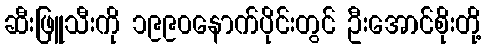
ဆီးဖြူသီးကို ၁၉၉၀နောက်ပိုင်းတွင် ဦးအောင်စိုးတို့